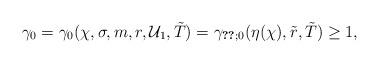
LaTeX: \begin{align*} \gamma_0 = \gamma_0(\chi, \sigma, m, r, \mathcal{U}_1, \tilde{T}) = \gamma_{\ref{TheoremExistenceAndUniquenessOnDomain};0}(\eta(\chi), \tilde{r}, \tilde{T}) \geq 1, \end{align*}